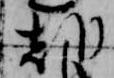
朝